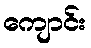
ကျောင်း